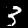
Label: 3